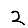
Digit: 2